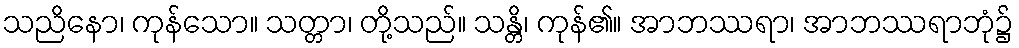
သညိနော၊ ကုန်သော။ သတ္တာ၊ တို့သည်။ သန္တိ၊ ကုန်၏။ အာဘဿရာ၊ အာဘဿရာဘုံ၌